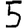
Digit: 5